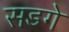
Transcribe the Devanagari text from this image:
सडगे